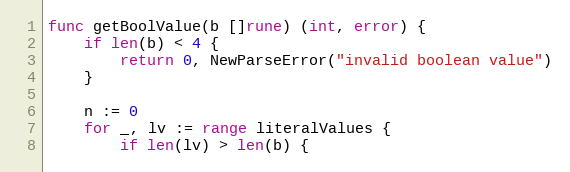
Language: Go
func getBoolValue(b []rune) (int, error) {
	if len(b) < 4 {
		return 0, NewParseError("invalid boolean value")
	}

	n := 0
	for _, lv := range literalValues {
		if len(lv) > len(b) {